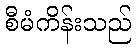
စီမံကိန်းသည်